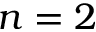
n = 2